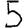
Digit: 5